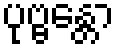
ပုဗ္ဗန္တော